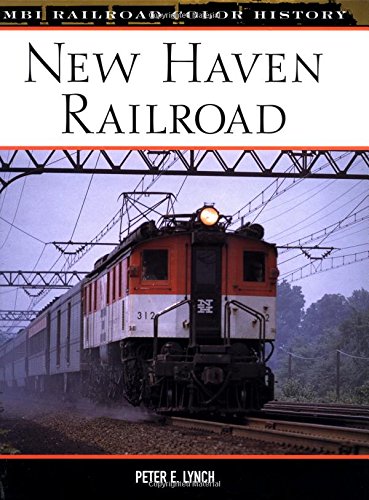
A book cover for New Haven Railroad (Railroad Color History); Peter E. Lynch; Arts & Photography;